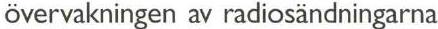
övervakningen av radiosändningarna